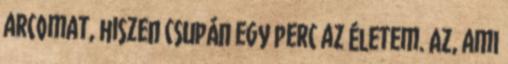
arcomat, hiszen csupán egy perc az életem. Az, ami